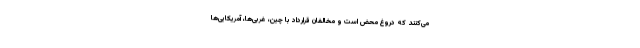
می‌کنند که دروغ محض است و مخالفان قرارداد با چین، غربی‌ها، آمریکایی‌ها